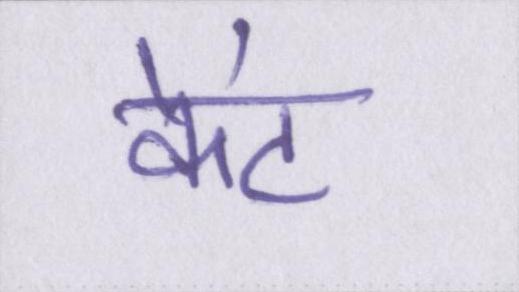
केंट